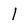
Character: 1